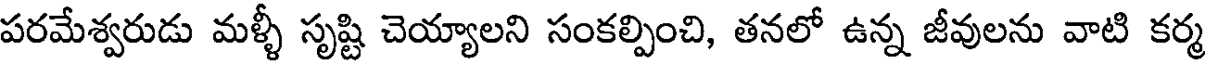
పరమేశ్వరుడు మళ్ళీ సృష్టి చెయ్యాలని సంకల్పించి, తనలో ఉన్న జీవులను వాటి కర్మ